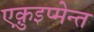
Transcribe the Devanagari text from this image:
एक़ुइप्मेन्त